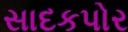
સાદકપોર